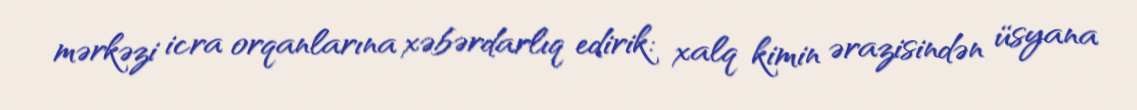
mərkəzi icra orqanlarına xəbərdarlıq edirik: xalq kimin ərazisindən üsyana